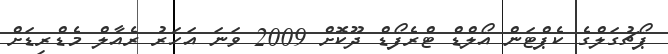
ޕޯޗުގަލްގެ ކެޕްޓަން އޯލްޑް ޓްރެފޯޑް ދޫކޮށް 2009 ވަނަ އަހަރު ރެއާލް މެޑްރިޑަށް